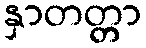
နှာတတ္တာ